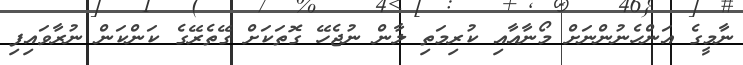
ނާމީގެ އަންހެނުންނަށް މޯނާއާއި ކުރިމަތި ލާން ނުޖެހޭ ގޮތަކަށް ގޭތެރޭގެ ކަންކަން ނުރާވައިފި